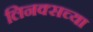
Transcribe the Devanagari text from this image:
लिनक्सच्या